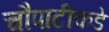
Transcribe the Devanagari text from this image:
चौपाटीकडे